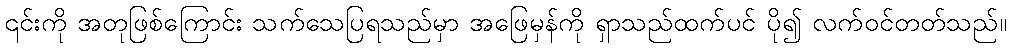
၎င်းကို အတုဖြစ်ကြောင်း သက်သေပြရသည်မှာ အဖြေမှန်ကို ရှာသည်ထက်ပင် ပို၍ လက်ဝင်တတ်သည်။